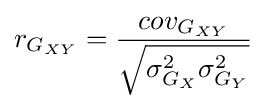
{r_{G_{XY}}}={{cov_{G_{XY}}} \over {\sqrt {\sigma _{G_{X}}^{2}\sigma _{G_{Y}}^{2}}}}